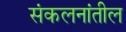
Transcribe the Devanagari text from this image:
संकलनांतील